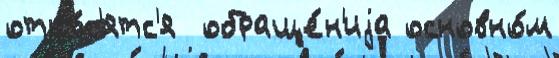
отно́с'ятс'я  обраще́н'иjа основно́м